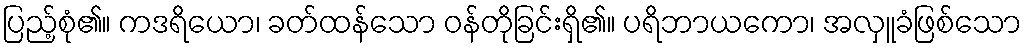
ပြည့်စုံ၏။ ကဒရိယော၊ ခတ်ထန်သော ဝန်တိုခြင်းရှိ၏။ ပရိဘာယကော၊ အလှူခံဖြစ်သော